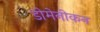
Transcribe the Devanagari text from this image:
डोमेनीकन